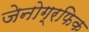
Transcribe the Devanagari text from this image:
जेनोग्रफिक